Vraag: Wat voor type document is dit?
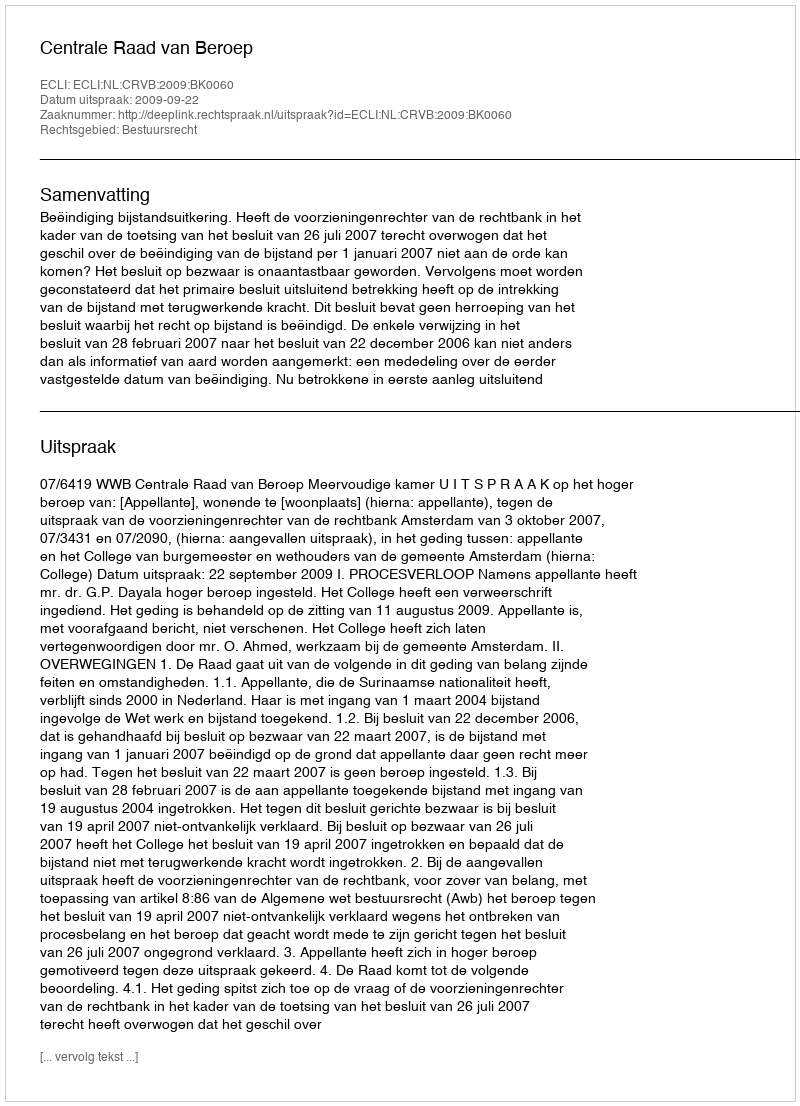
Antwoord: Uitspraak